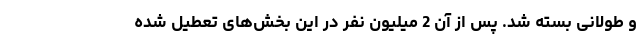
و طولانی بسته شد. پس از آن 2 میلیون نفر در این بخش‌های تعطیل شده